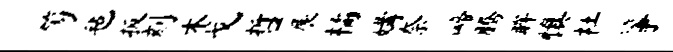
笏毡扳刻木戈哲展橘媾奈啼腾眸慎杜筝